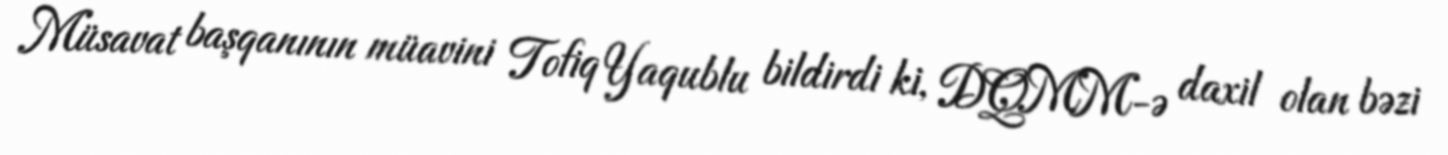
Müsavat başqanının müavini Tofiq Yaqublu bildirdi ki, DQMM-ə daxil olan bəzi